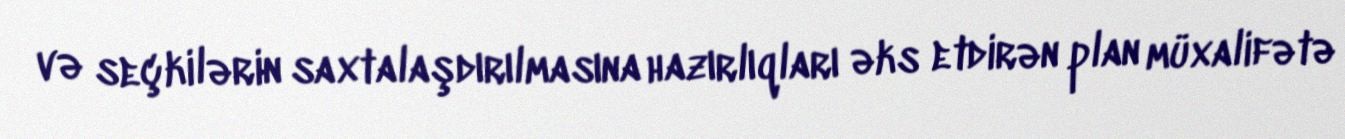
və seçkilərin saxtalaşdırılmasına hazırlıqları əks etdirən plan müxalifətə